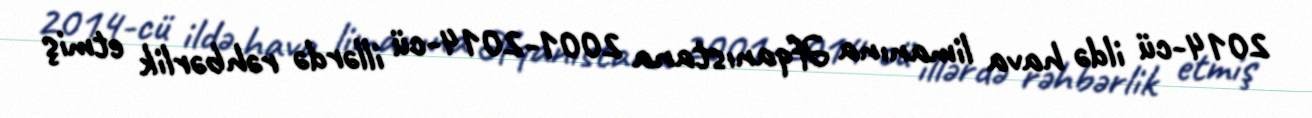
2014-cü ildə hava limanına Əfqanıstana 2001-2014-cü illərdə rəhbərlik etmiş